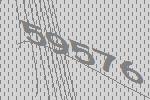
59576